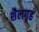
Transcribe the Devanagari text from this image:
शैलगृह